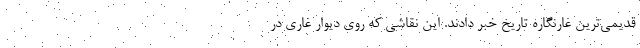
قدیمی‌ترین غارنگاره تاریخ خبر دادند. این نقاشی که روی دیوار غاری در